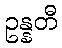
ဥန္နတီ